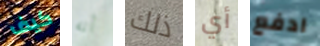
كيف أنه ذلك أي ادفع